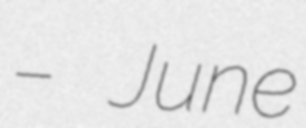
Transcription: – June